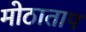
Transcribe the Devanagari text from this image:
मोठाताप